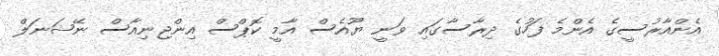
އެންއާރުސީގެ އެންމެ ފަހުގެ ދިރާސާގައި ވަނީ ޔޫއެސް އާމީ ކޮޕްސް އިންޖިނިއާސް ނޭޝަނަލް